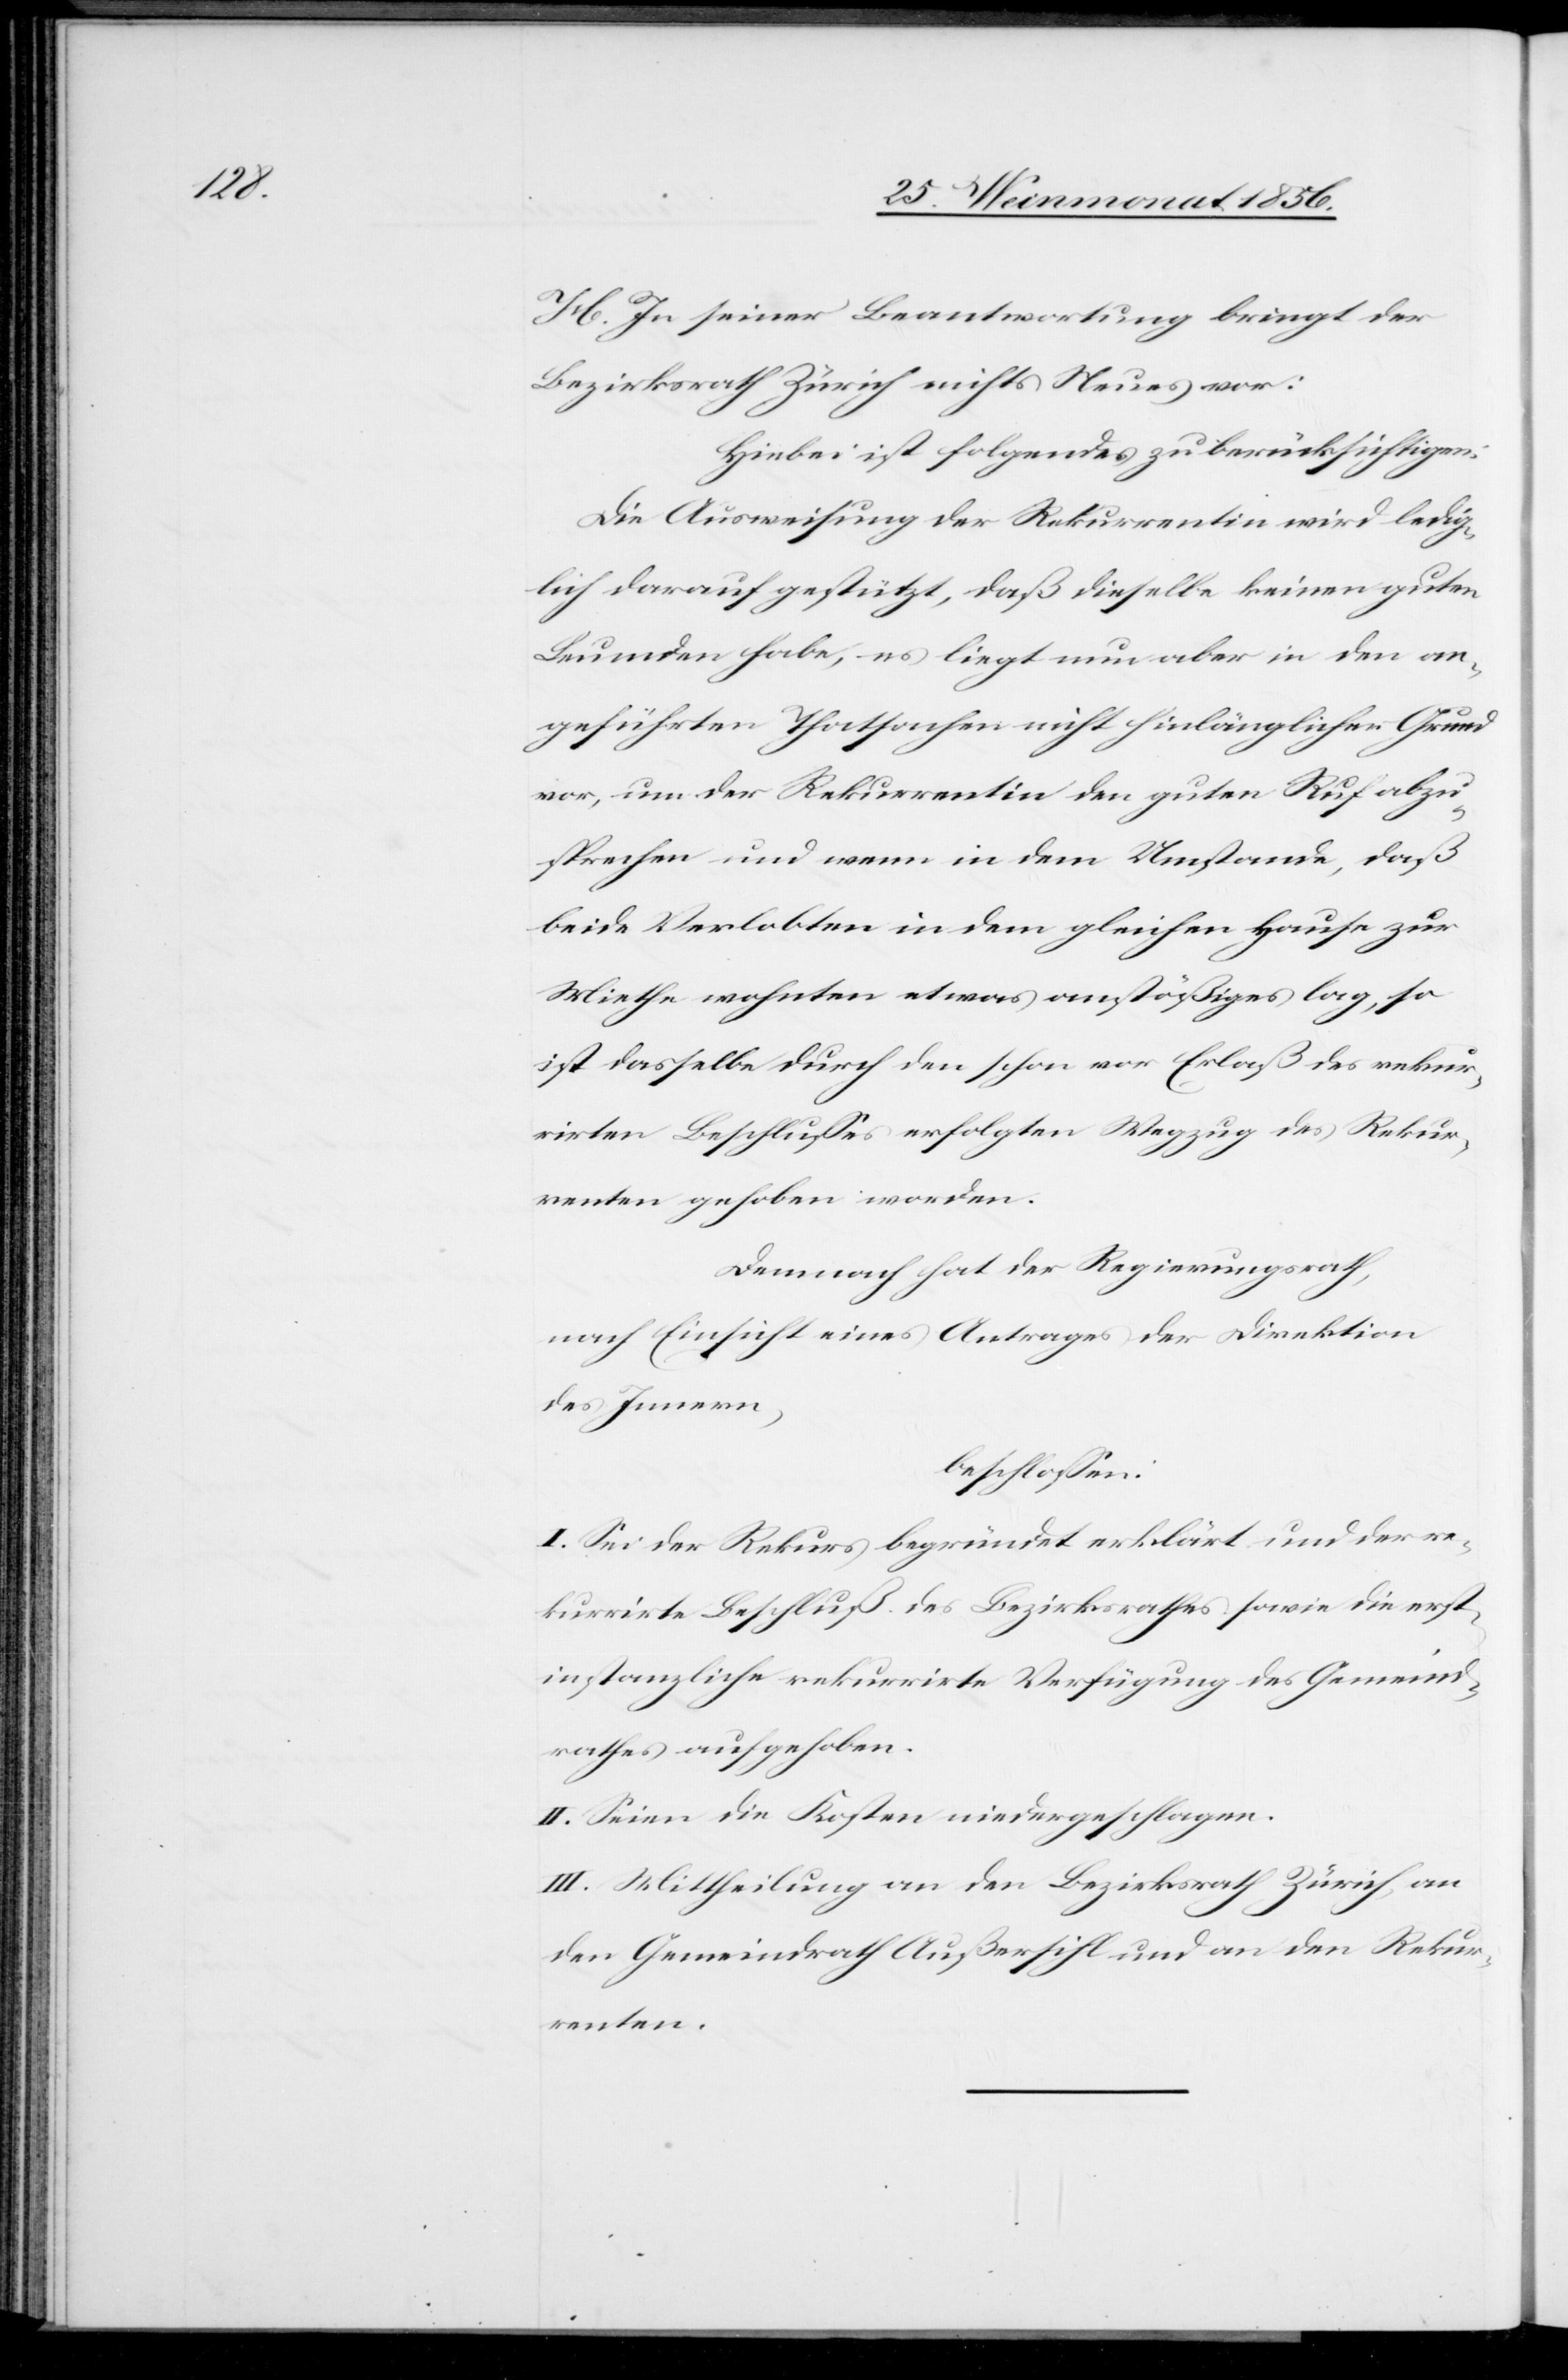
H. In seiner Beantwortung bringt der
Bezirksrath Zürich nichts Neues vor:
Hiebei ist folgendes zu berücksichtigen:
Die Ausweisung der Rekurrentin wird ledig¬
lich darauf gestützt, daß dieselbe keinen guten
Leumden habe, es liegt nun aber in den an¬
geführten Thatsachen nicht hinlänglich Grund
vor, um der Rekurrentin den guten Ruf abzu¬
sprechen und wenn in dem Umstande, daß
beide Verlobten in dem gleichen Hause zur
Miethe wohnten etwas anstößiges lag, so
ist dasselbe durch den schon vor Erlaß des rekur¬
rirten Beschlusses erfolgten Wegzug des Rekur¬
renten gehoben worden.
Demnach hat der Regierungsrath,
nach Einsicht eines Antrages der Direktion
des Innern,
beschlossen:
I. Sei der Rekurs begründet erklärt und der re¬
kurrirte Beschluß des Bezirksrathes sowie die erst¬
instanzliche rekurrirte Verfügung des Gemeind¬
rathes aufgehoben.
II. Seien die Kosten niedergeschlagen.
III. Mittheilung an den Bezirksrath Zürich, an
den Gemeindrath Außersihl und an den Rekur¬
renten.